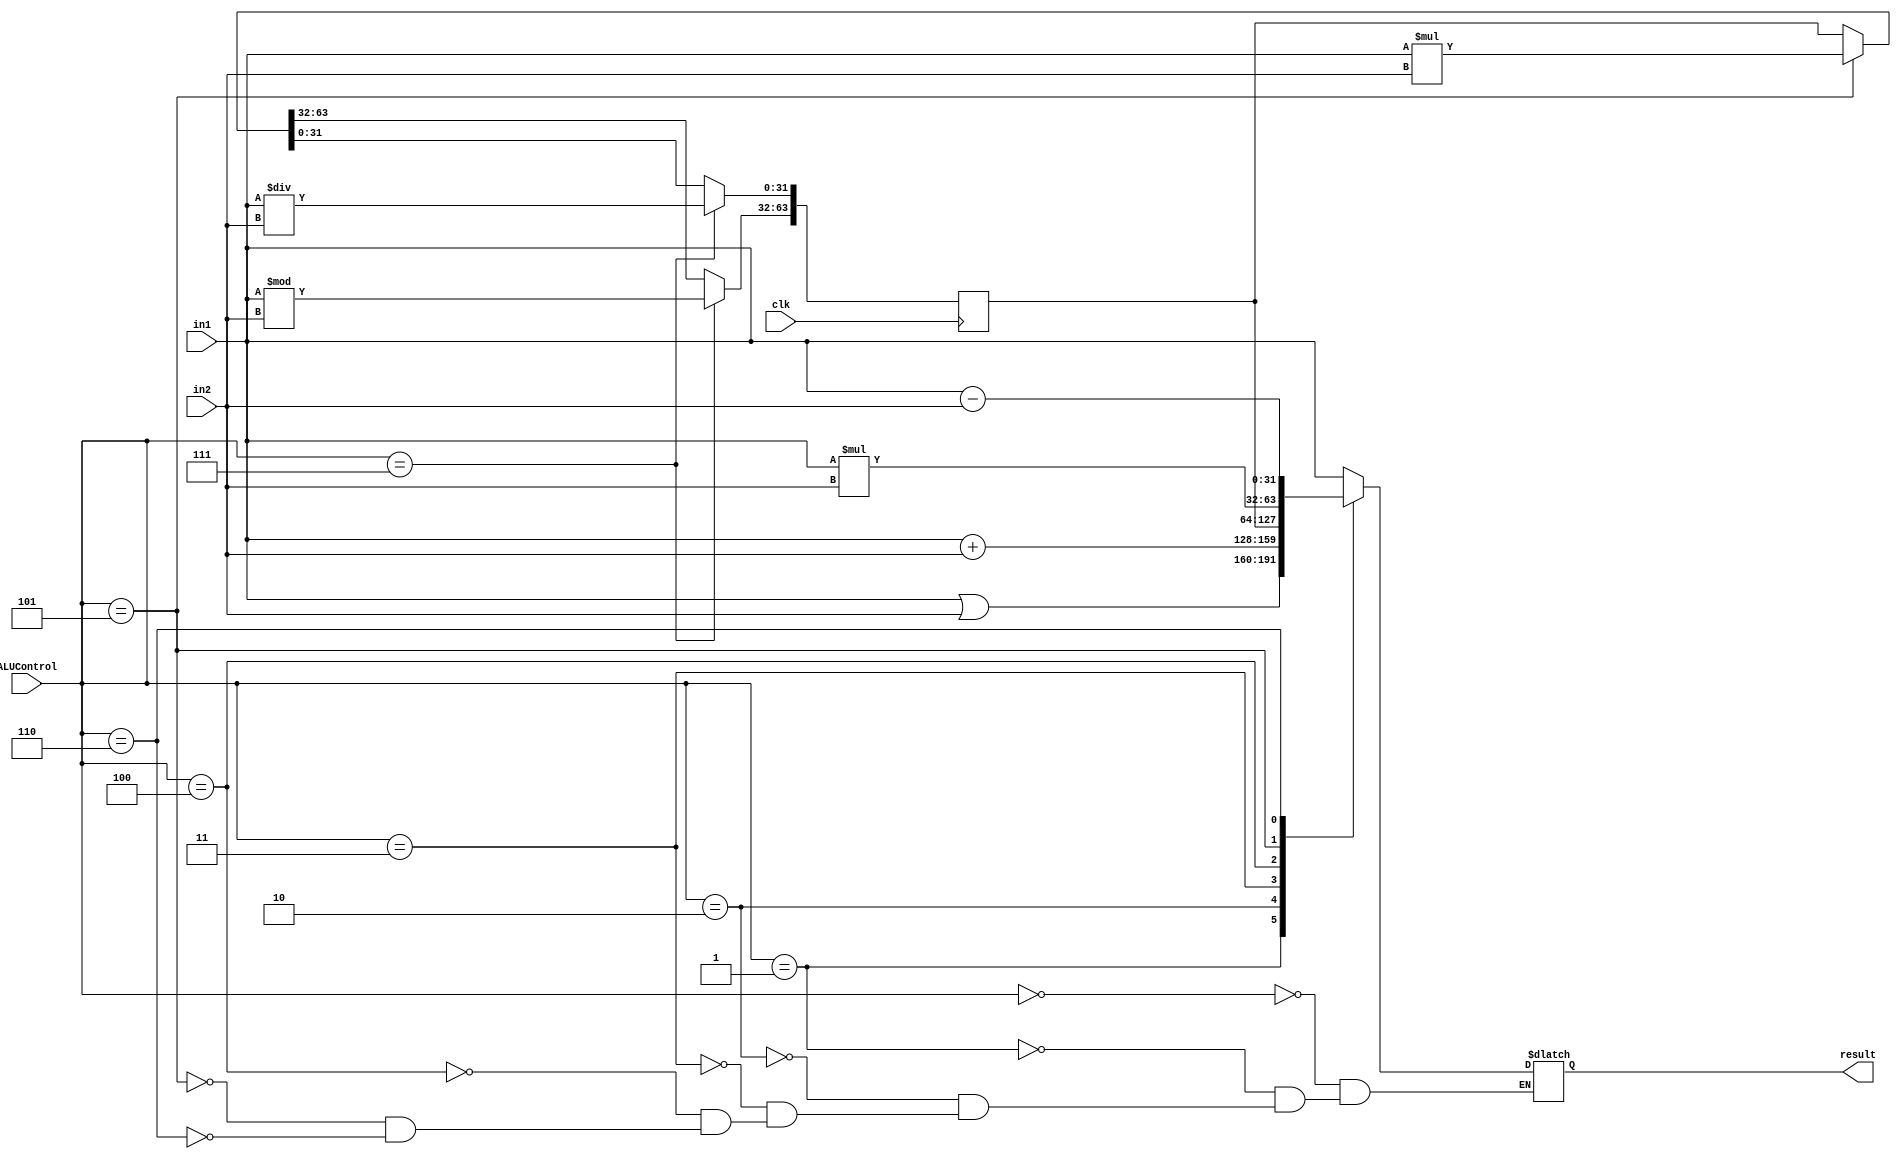
module ALU 
    (
        input wire clk,
        input wire signed [31:0] in1, 
        input wire signed [31:0] in2, 
        input wire [2:0] ALUControl,
        output reg signed [31:0] result
    );

    reg signed [63:0] HiLo;
	
	initial begin
        HiLo = 0;
        result <= 32'b0;
    end

	always @(in1 or in2 or ALUControl) begin
        casex (ALUControl)
            0:  // No ALU operation, forward input 1
                result = in1;
            1:  // Bitwise OR
                result = in1 | in2;
            2:  // Add
                result = in1 + in2;
            3:  // MFHI
                result = HiLo[63:32];
            4:  // MFLO
                result = HiLo[31:0];
            5:  // Multiplication
                result = in1 * in2;
            6:  // Subtract
                result = in1 - in2;
            // 7:  // Divison
            //     resutl = in1 / in2;
        endcase
    end

	always @(negedge clk) begin
        if(ALUControl == 5) // Multiply
            HiLo = in1 * in2;
        if(ALUControl == 7) begin // Divide
            HiLo[31:0] = in1 / in2;
            HiLo[63:32] = in1 % in2;
        end
    end
endmodule

// execution
module EX 
    (
        input wire clk,
        input wire [31:0] A,
        input wire [31:0] B,
        input wire [31:0] SignImmE,
        input wire [4:0] RtE, 
        input wire [4:0] RdE,
        input wire [31:0] ResultW,
        input wire RegDstE,
        input wire ALUSrcE,
        input wire [2:0] ALUControlE,
        input wire [1:0] ForwardAE,
        input wire [1:0] ForwardBE,
        output reg [31:0] ALUOutM,
        output reg [31:0] WriteDataM,
        output reg [4:0] WriteRegE,
        output reg [4:0] WriteRegM
    );

    reg [31:0] SrcAE;
    reg [31:0] WriteDataE;
    reg [31:0] SrcBE;
    wire [31:0] ALUResult;
    ALU my_ALU (clk, SrcAE, SrcBE, ALUControlE, ALUResult);

    initial begin
        ALUOutM <= 32'b0;
        WriteDataM <= 32'b0;
        WriteRegE <= 5'b0;
        WriteRegM <= 5'b0;

        SrcAE <= 32'b0;
        WriteDataE <= 32'b0;
        SrcBE <= 32'b0;
    end

    always @(ForwardAE or ALUOutM or ResultW or A) begin
        SrcAE <= ForwardAE[1] ? ALUOutM : (ForwardAE[0] ? ResultW : A);
    end

    always @(ForwardBE or ALUOutM or ResultW or B) begin
        WriteDataE <= ForwardBE[1] ? ALUOutM : (ForwardBE[0] ? ResultW : B);
    end 

    always @(ALUSrcE or SignImmE or WriteDataE) begin
        SrcBE <= ALUSrcE ? SignImmE : WriteDataE;
    end 

    always @(RegDstE or RdE or RtE) begin
        WriteRegE <= RegDstE ? RdE : RtE;
    end

    always @(posedge clk) begin
        ALUOutM <= ALUResult;
        WriteDataM <= WriteDataE;
        WriteRegM <= WriteRegE;
    end
endmodule